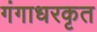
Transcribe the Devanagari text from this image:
गंगाधरकृत